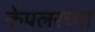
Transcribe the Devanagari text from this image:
केपलरच्या